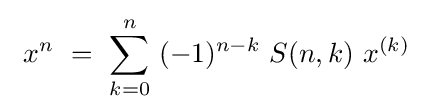
\ x^{n}\ =\ \sum _{k=0}^{n}\ (-1)^{n-k}\ S(n,k)\ x^{(k)}~